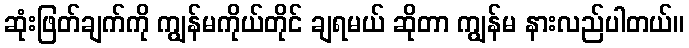
ဆုံးဖြတ်ချက်ကို ကျွန်မကိုယ်တိုင် ချရမယ် ဆိုတာ ကျွန်မ နားလည်ပါတယ်။